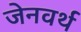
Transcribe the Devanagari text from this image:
जेनवर्थ